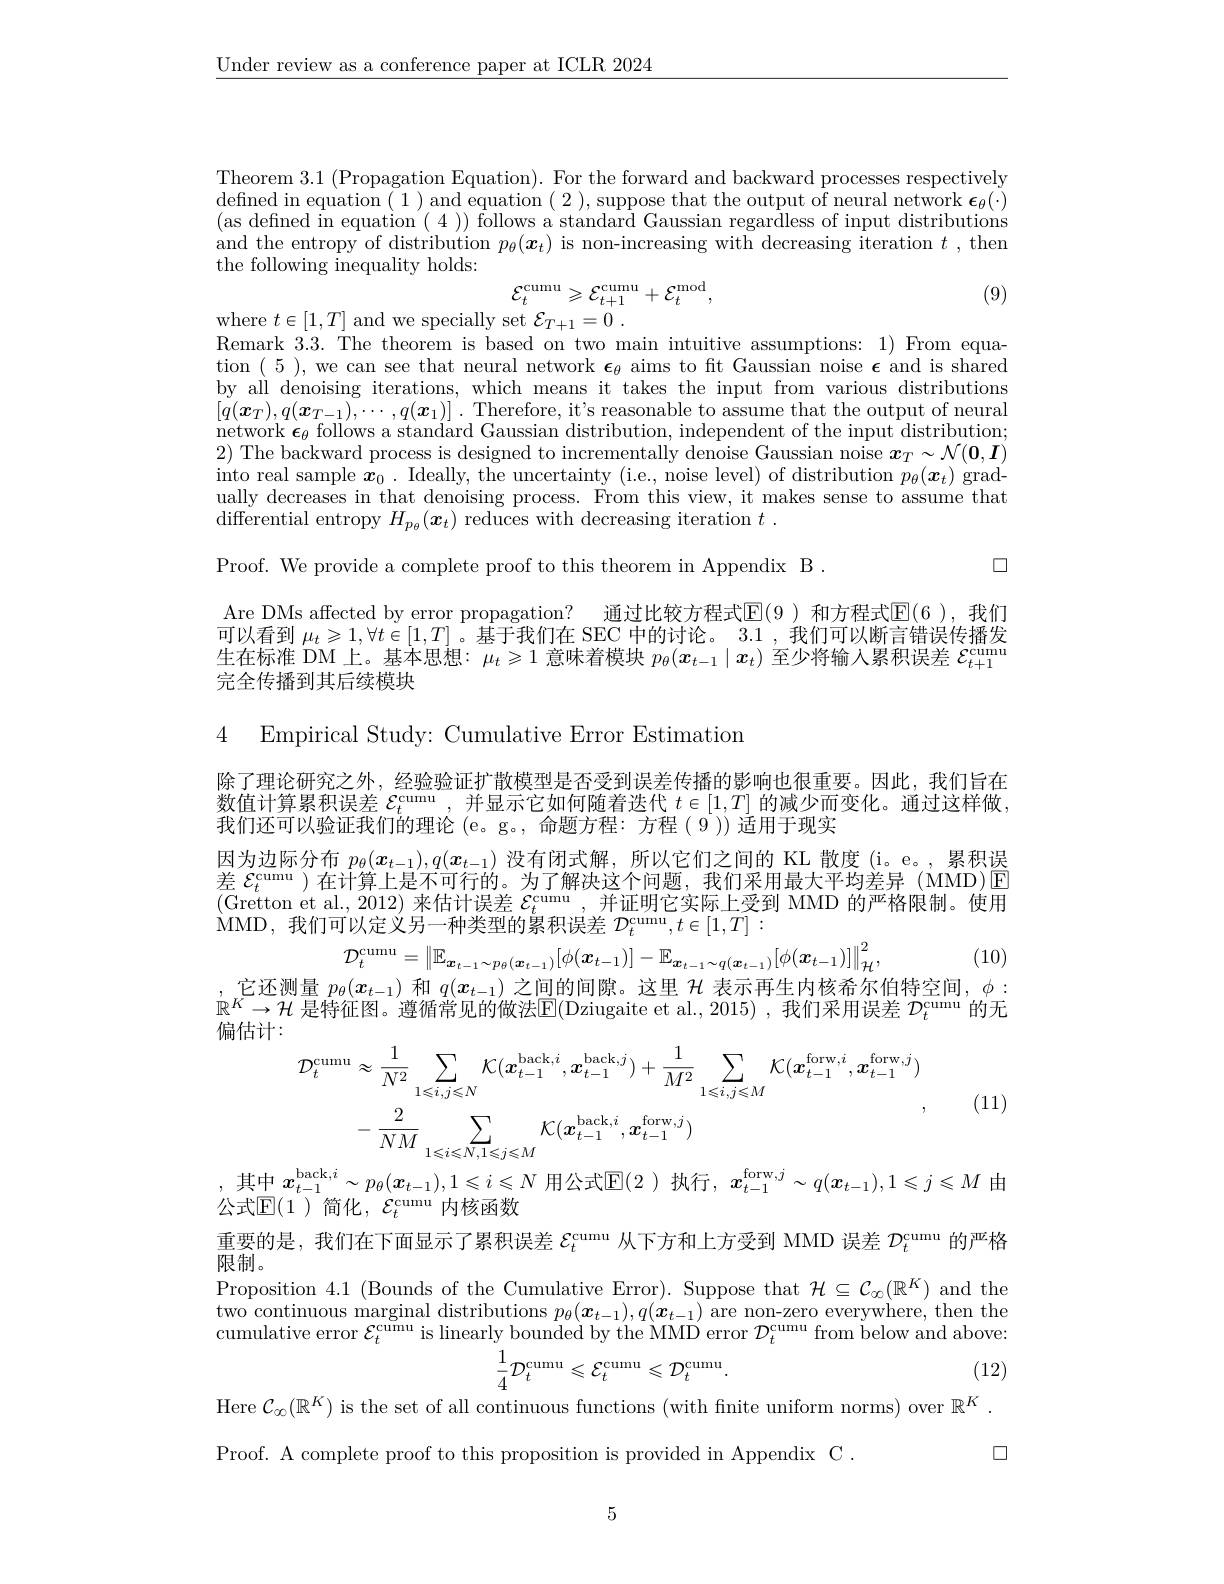
$\underline{\text{Under review as a conference paper at ICLR 2024}}$

Theorem 3.1 (Propagation Equation). For the forward and backward processes respectively $\operatorname*{defined~in~equation~(~1~)~and~equation~(~2~),~suppose~that~the~output~of~neural~network~\epsilon_{\theta}(\cdot)}$ (as defined in equation (4)) follows a standard Gaussian regardless of input distributions and the entropy of distribution $p_\theta(\boldsymbol{x}_t)$ is non-increasing with decreasing iteration $t$ ,then the following inequality holds:

(9)
$$\begin{array}{l}{{\mathcal{E}_{t}^{\mathrm{cumu}}\geqslant\mathcal{E}_{t+1}^{\mathrm{cumu}}+\mathcal{E}_{t}^{\mathrm{mod}},}}\\\end{array}$$
where $t\in [ 1, T]$ and we specially set $\mathcal{E} _T+ 1= 0$ .

Remark 3.3. The theorem is based on two main intuitive assumptions: 1) From equation (5), we can see that neural network $\boldsymbol\epsilon_\theta$ aims to fit Gaussian noise $\boldsymbol\epsilon$ and is shared by all denoising iterations, which means it takes the input from various distributions $[q(\boldsymbol{x}_T),q(\boldsymbol{x}_{T-1}),\cdots,q(\boldsymbol{x}_1)]^{\prime}.$ Therefore, it's reasonable to assume that the output of neural network $\epsilon_\theta$ follows a standard Gaussian distribution, independent of the input distribution; 2) The backward process is designed to incrementally denoise Gaussian noise $\boldsymbol x_T\sim\mathcal{N}(\boldsymbol{0},\boldsymbol{I})$ into real sample $x_0.$ Ideally, the uncertainty (i.e., noise level) of distribution $p_\theta(\boldsymbol{x}_t)$ gradually decreases in that denoising process. From this view, it makes sense to assume that differential entropy $H_{p_\theta}(\boldsymbol{x}_t)$ reduces with decreasing iteration $t.$

$\square$

Proof. We provide a complete proof to this theorem in Appendix B .

Are DMs affected by error propagation? 通过比较方程式$\mathbb{E}(9)$ 和方程式$\mathbb{E}(6)$,我们可以看到$\mu_t\geqslant1,\forall t\in[1,T]$。基于我们在 SEC 中的讨论。3.1 , 我们可以断言错误传播发生在标准 DM 上。基本思想：$\mu_t\geqslant1$意味着模块$p_\theta(x_{t-1}\mid x_t)$至少将输入累积误差$\mathcal{E}_t+1^\mathrm{cumu}$ 完全传播到其后续模块

4 Empirical Study: Cumulative Error Estimation

除了理论研究之外，经验验证扩散模型是否受到误差传播的影响也很重要。因此，我们旨在数值计算累积误差$\mathcal{E}_t^\text{cumu }$,并显示它如何随着迭代$t\in[1,T]$的减少而变化。通过这样做， 我们还可以验证我们的理论 (e。g。, 命题方程：方程( 9 )) 适用于现实
因为边际分布$p_\theta(x_{t-1}),q(x_{t-1})$没有闭式解，所以它们之间的 KL 散度 (i。e。, 累积误差$\mathcal{E}_t^\mathrm{cumu}$)在计算上是不可行的。为了解决这个问题，我们采用最大平均差异(MMD)$\operatorname{E}_t^\mathrm{cumu}$ (Gretton et al., 2012) 来估计误差$\mathcal{E}_t^\mathrm{cumu}$,并证明它实际上受到 MMD 的严格限制。使用MMD, 我 们 可 以 定 义 另 一 种 类 型 的 累 积 误 差 $\mathcal{D} _{t}^{\mathrm{cumu}}, t\in [ 1, T] :$
$$D_{t}^{\mathrm{cumu}}=\left\|\mathbb{E}_{\boldsymbol{x}_{t-1}\sim p_{\theta}(\boldsymbol{x}_{t-1})}[\phi(\boldsymbol{$$
(10)

$\therefore$它还测量$p_\theta(x_{t-1})$和$q(x_{t-1})$之间的间隙。这里$\mathcal{H}$表示再生内核希尔伯特空间，$\phi:$ $\mathbb{R}^K\to\mathcal{H}$ 是特征图。遵循常见的做法$\mathbb{E}($Dziugaite et al., 2015) ,我们采用误差 $\mathcal{D}_t^\text{cumu 的无}$ 偏估计：
$$\begin{aligned}\mathcal{D}_{t}^{\mathrm{cumu}}&\approx\frac{1}{N^{2}}\sum_{1\leqslant i,j\leqslant N}\mathcal{K}(\boldsymbol{x}_{t-1}^{\mathrm{back},i},\boldsymbol{x}_{t-1}^{\mathrm{back},j})+\frac{1}{M^{2}}\sum_{1\leqslant i,j\leqslant M}\mathcal{K}(\boldsymbol{x}_{t-1}^{\mathrm{forw},i},\boldsymbol{x}_{t-1}^{\mathrm{forw},j})\\&-\frac{2}{NM}\sum_{1\leqslant i\leqslant N,1\leqslant j\leqslant M}\mathcal{K}(\boldsymbol{x}_{t-1}^{\mathrm{back},i},\boldsymbol{x}_{t-1}^{\mathrm{forw},j})\end{aligned}$$
(11)

其中$x_{t-1}^\mathrm{back,}i\sim p_\theta(x_{t-1}),1\leqslant i\leqslant N$用公式$\mathbb{E}(2$ )执行，$x_t-1^\mathrm{forw,}j\sim q(x_{t-1}),1\leqslant j\leqslant M$由
公式$\mathbb{E}(1$ )简化，$\mathcal{E}_t^\mathrm{cumu}$ 内核函数
重要的是，我们在下面显示了累积误差$\mathcal{E}_t^\mathrm{cumu}$从下方和上方受到 MMD 误差$\mathcal{D}_t^\mathrm{cumu}$的严格
限制。
Proposition 4.1 (Bounds of the Cumulative Error). Suppose that $\mathcal{H}\subseteq\mathcal{C}_\infty(\mathbb{R}^K)$ and the two continuous marginal distributions $p_\theta(\boldsymbol{x}_{t-1}),q(\boldsymbol{x}_{t-1})$ are non-zero everywhere, then the cumulative error $\mathcal{E}_t^{\bar{\text{cumu is linearly bounded by the MMD error }}\mathcal{D}_t^{\mathrm{cumu}}{\text{from below and above:}}}$
$$\frac{1}{4}\mathcal{D}_{t}^{\mathrm{cumu}}\leqslant\mathcal{E}_{t}^{\mathrm{cumu}}\leqslant\mathcal{D}_{t}^{\mathrm{cumu}}.$$
(12)

Here $\mathcal{C}_\infty(\mathbb{R}^K)$ is the set of all continuous functions (with fnite uniform norms) over $\mathbb{R}^K.$
$\square$
Proof. A complete proof to this proposition is provided in Appendix C .

5